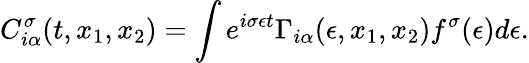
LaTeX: C_{i\alpha}^{\sigma}(t,x_{1},x_{2})=\int e^{i\sigma\epsilon t}\Gamma_{i\alpha}(\epsilon,x_{1},x_{2})f^{\sigma}(\epsilon)d\epsilon.